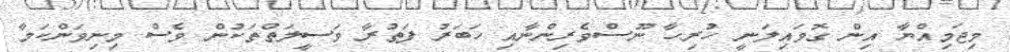
މިޖަމިއްޔާ އިން ގޮވައިލަނީ ހުރިހާ ނޫސްވެރިންނާއި ހަބަރު ފަތުރާ ވަސީލަތްތަކުން ވެސް މިނިވަންކަމާ